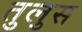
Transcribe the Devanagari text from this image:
तुलुस